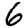
Digit: 6